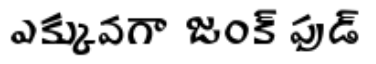
ఎక్కువగా జంక్ ఫుడ్